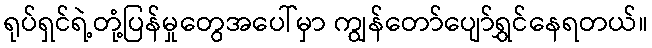
ရုပ်ရှင်ရဲ့တုံ့ပြန်မှုတွေအပေါ်မှာ ကျွန်တော်ပျော်ရွှင်နေရတယ်။